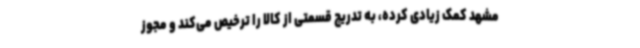
مشهد کمک زیادی کرده، به تدریج قسمتی از کالا را ترخیص می‌کند و مجوز